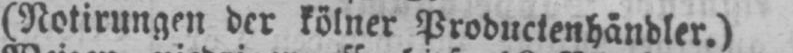
(Notirungen der kölner Productenhändler.)